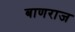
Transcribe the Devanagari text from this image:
बाणराज